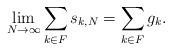
LaTeX: \begin{align*}\lim_{N \to \infty} \sum_{k \in F} s_{k,N} = \sum_{k \in F} g_k .\end{align*}